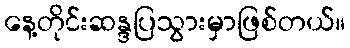
နေ့တိုင်းဆန္ဒပြသွားမှာဖြစ်တယ်။